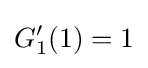
G'_{1}(1)=1